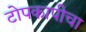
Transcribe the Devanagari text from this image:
टोपकापीचा